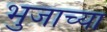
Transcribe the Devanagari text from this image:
भुजाच्या